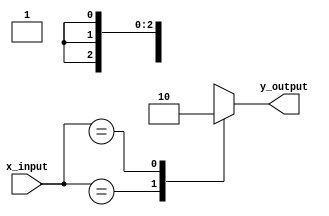
module x_based_case_statement (
    input wire [3:0] x_input,
    output reg y_output
);

always @(x_input) begin
    case (x_input)
        4'b0XXX: y_output = 1; // If x_input is 0X...
        4'b1XXX: y_output = 0; // If x_input is 1X...
        default: y_output = 0; // Default behavior
    endcase
end

endmodule